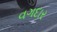
વગદાર